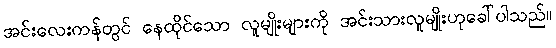
အင်းလေးကန်တွင် နေထိုင်သော လူမျိုးများကို အင်းသားလူမျိုးဟုခေါ်ပါသည်။